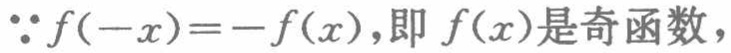
$\because f(-x)=-f(x),即\ f(x)是奇函数,$